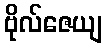
ဗိုလ်ဇေယျ